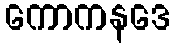
ကောကနဒေ